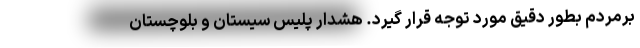
برمردم بطور دقیق مورد توجه قرار گیرد. هشدار پلیس سیستان و بلوچستان